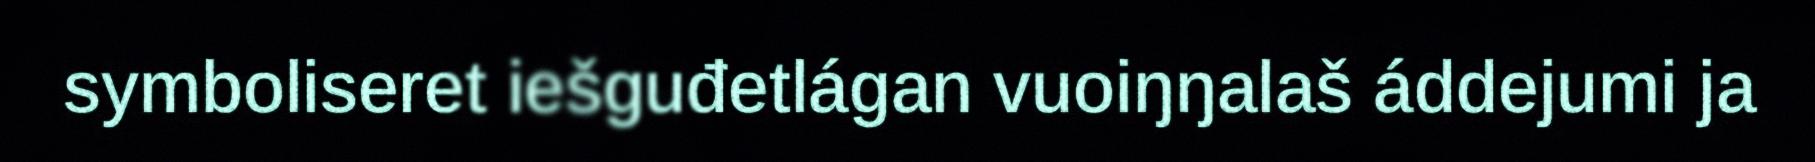
symboliseret iešguđetlágan vuoiŋŋalaš áddejumi ja